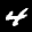
Label: 4